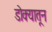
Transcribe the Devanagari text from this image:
डोक्‍यातून